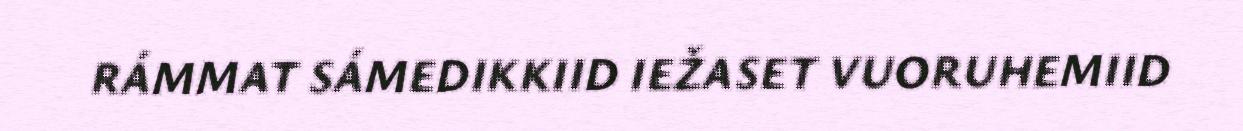
RÁMMAT SÁMEDIKKIID IEŽASET VUORUHEMIID